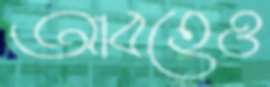
আবহেও